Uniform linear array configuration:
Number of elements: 24
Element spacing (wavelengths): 1
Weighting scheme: exponential
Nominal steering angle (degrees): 45
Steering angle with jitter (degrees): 43.898
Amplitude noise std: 0.05
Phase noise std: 0.05

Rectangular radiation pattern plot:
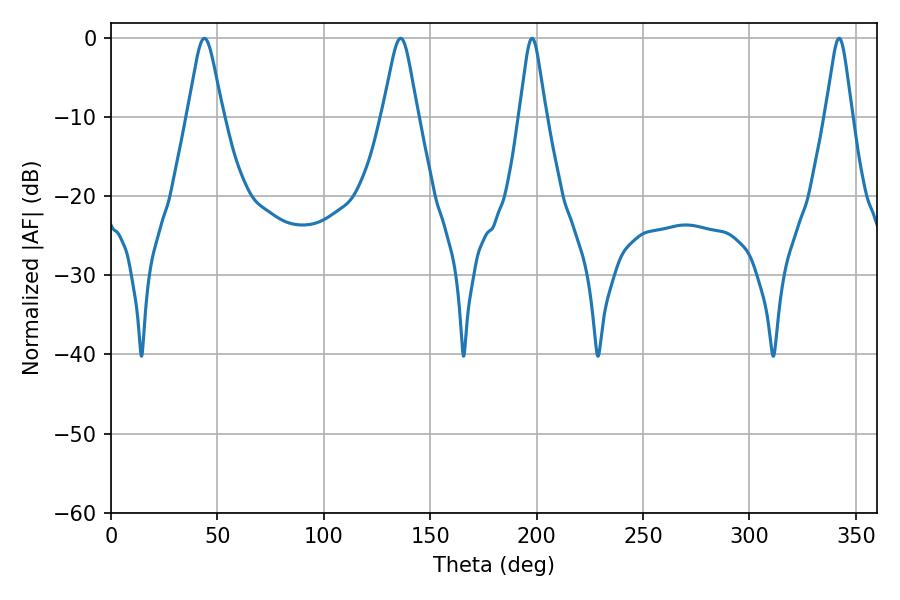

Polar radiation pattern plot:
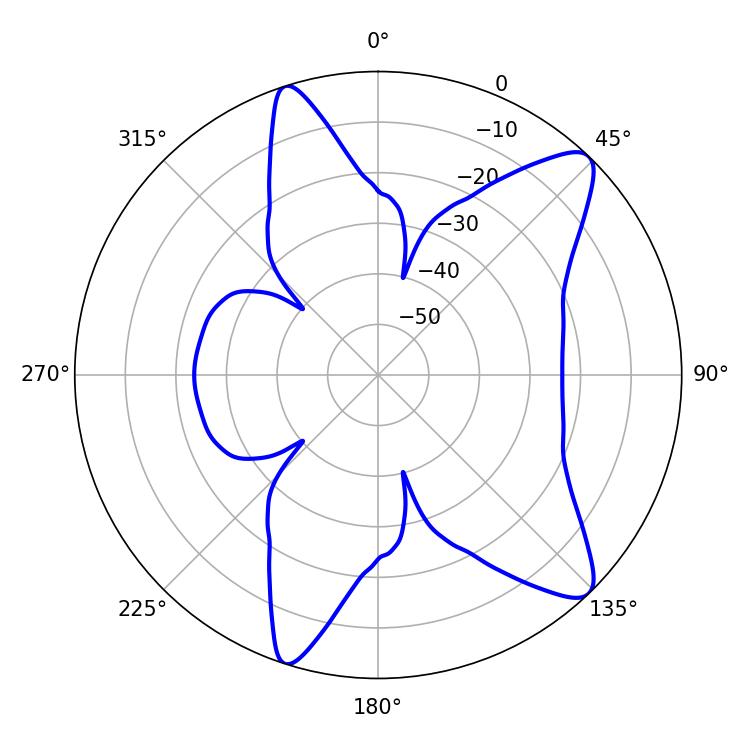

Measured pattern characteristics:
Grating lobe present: TRUE
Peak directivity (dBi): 11.003
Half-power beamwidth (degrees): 7.92
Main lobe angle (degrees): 43.92